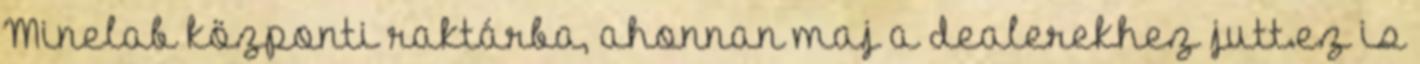
Minelab központi raktárba, ahonnan maj a dealerekhez jutt.ez is